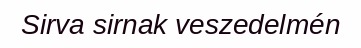
Sirva sirnak veszedelmén